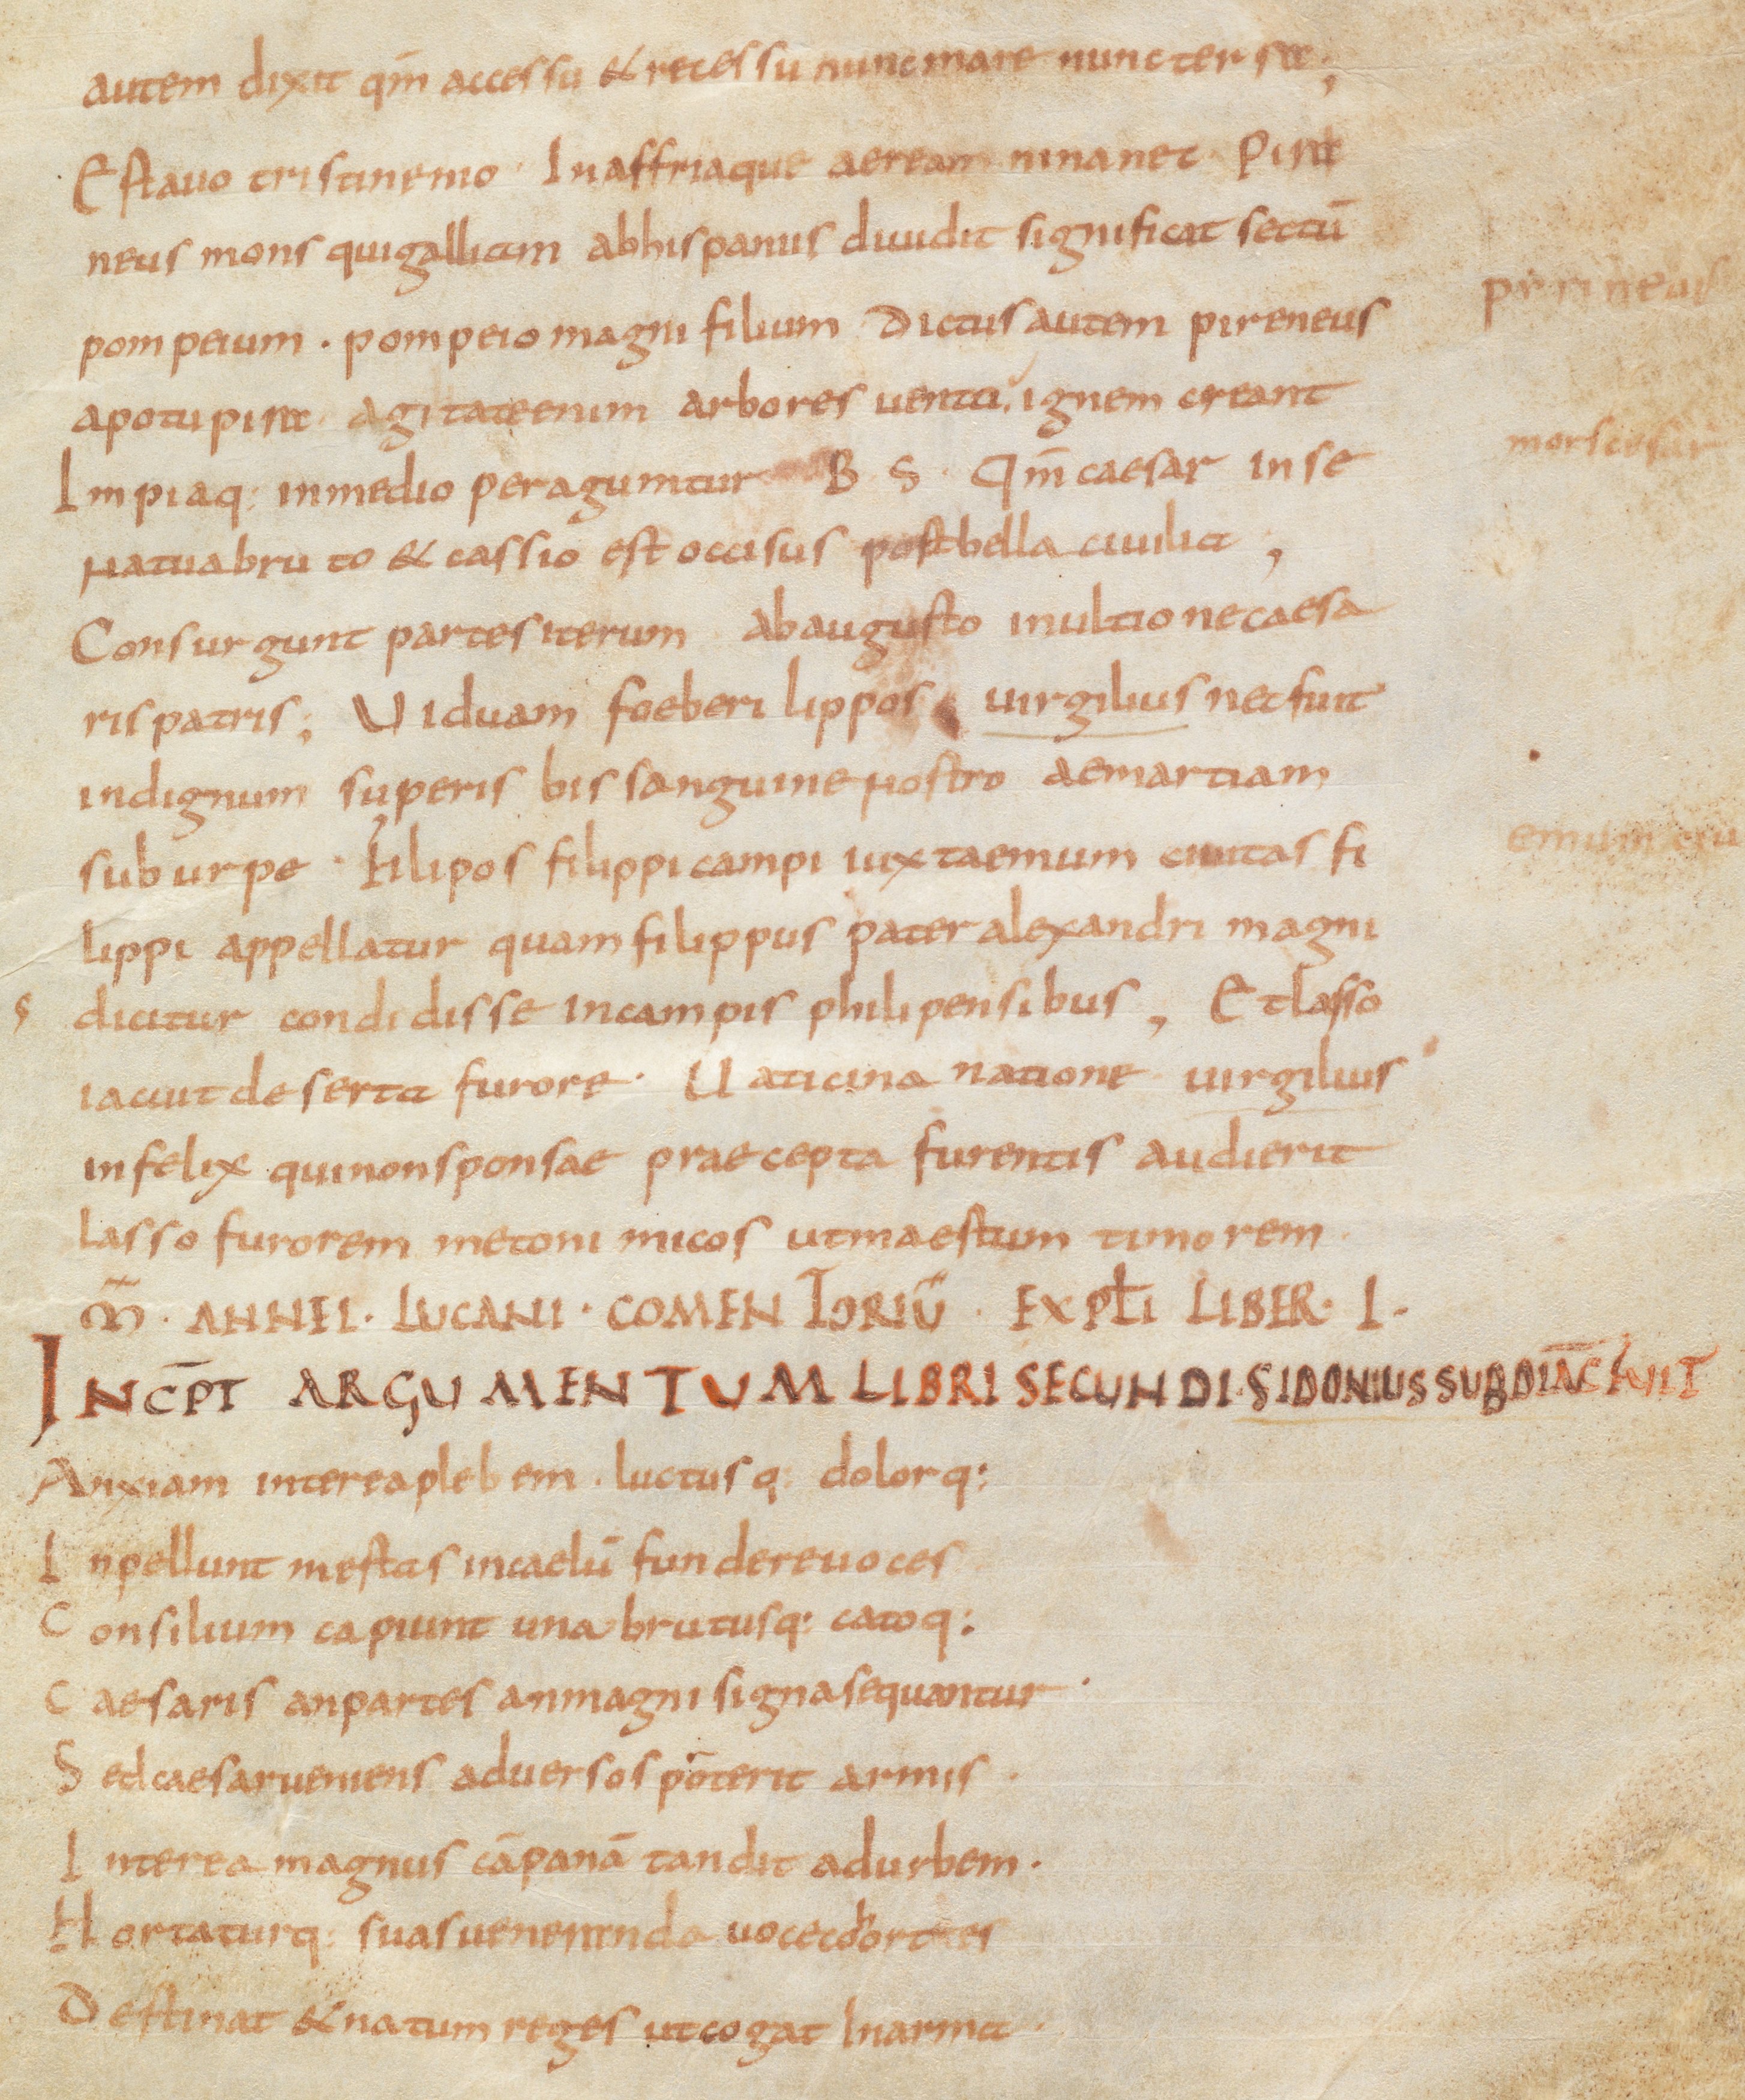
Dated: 885–899